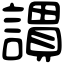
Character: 謴